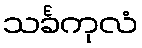
သင်္ခကုလံ